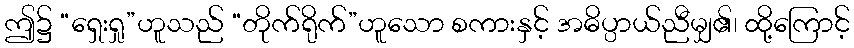
ဤ၌ “ရှေးရှု”ဟူသည် “တိုက်ရိုက်”ဟူသော စကားနှင့် အဓိပ္ပာယ်ညီမျှ၏၊ ထို့ကြောင့်